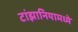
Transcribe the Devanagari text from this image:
टांझानियामध्ये